Medical and sanitary report of the native army of Bengal for the year
Year: 1878
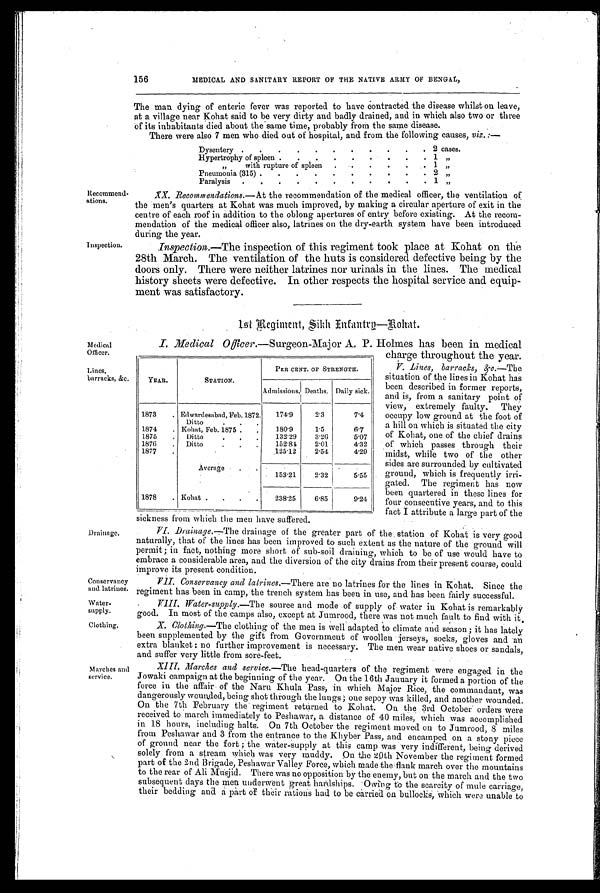
156
MEDICAL AND SANITARY REPORT OF THE NATIVE ARMY OF BENGAL,
The man dying of enteric fever was reported to have contracted the disease whilst on leave,
at a village near Kohat said to be very dirty and badly drained, and in which also two or three
of its inhabitants died about the same time, probably from the same disease.
There were also 7 men who died out of hospital, and from the following causes, viz. :—
Dysentery
. .
.
. .
.
.
. .
.
. 2 cases.
Hypertrophy of spleen .
.
.
.
.
. .
.
. 1 „
,, with rupture of spleen
.
.
. .
.
. 1 ,,
Pneumonia (315).
.
.
.
.
. .
.
.
. 2 ,,
Paralysis
.
.
.
.
.
.
.
. .
.
. 1 „
Recommend -
ations.
XX. Recommendations. —At the recommendation of the medical officer, the ventilation of
the men's quarters at Kohat was much improved, by making a circular aperture of exit in the
centre of each roof in addition to the oblong apertures of entry before existing. At the recom-
mendation of the medical officer also, latrines on the dry-earth system have been introduced
during the year.
Inspection. Inspection. — T h e i n s p e c t i o n o f t h i s r e g i m e n t t o o k p l a c e a t K o h a t o n t h e
28th March. The ventilation of the huts is considered defective being by the
doors only. There were neither latrines nor urinals in the lines. The medical
history sheets were defective. In other respects the hospital service and equip-
ment was satisfactory.
1st Regiment, Sikh Enfantry—Kohat.
Medical
Officer.
I. Medical Officer.—Surgeon-Major A. P. Holmes has been in medical
charge throughout the year.
Lines,
barracks, &amp;c.
V. Lines, barracks,
& a m p ; c . — T h e s i t u a t i o n o f t h e l i n e s i n K o h a t h a s
been described in former reports,
and is, from a sanitary point of
view, extremely faulty. They
occupy low ground at the foot of
a hill on which is situated the city
of Kohat, one of the chief drains
of which passes through their
midst, while two of the other
sides are surrounded by cultivated
ground, which is frequently irri-
gated. The regiment has now
been quartered in these lines for
four consecutive years, and to this
fact I attribute a large part of the
sickness from which the men have suffered.
Drainage.
VI. Drainage.—The drainage of the greater part of the station of Kohat is very good
naturally, that of the lines has been improved to such extent as the nature of the ground will
permit ; in fact, nothing more short of sub-soil draining, which to be of use would have to
embrace a considerable area, and the diversion of the city drains from their present course, could
improve its present condition.
Conservancy
and latrines.
VII. Conservancy and latrines.— T h e r e a r e n o l a t r i n e s f o r t h e l i n e s i n K o h a t . S i n c e t h e
regiment has been in camp, the trench system has been in use, and has been fairly successful.
Water-
supply.
VIII. Water-supply.— The source and mode of supply of water in Kohat is remarkably
good. In most of the camps also, except at Jumrood, there was not much fault to find with it.
Clothing.
X. Clothing. —The clothing of the men is well adapted to climate and season ; it has lately
been supplemented by the gift from Government of woollen jerseys, socks, gloves and an
extra blanket : no further improvement is necessary. The men wear native shoes or sandals,
and suffer very little from sore-feet.
Marches and
service.
XIII. Marches and service.— T h e h e a d - q u a r t e r s o f t h e r e g i m e n t w e r e e n g a g e d i n t h e
Jowaki campaign at the beginning of the year. On the 16th January it formed a portion of the
force in the affair of the Naru Khula Pass, in which Major Rice, the commandant, was
dangerously wounded, being shot through the lungs ; one sepoy was killed, and another wounded.
On the 7th February the regiment returned to Kohat. Oa the 3rd October orders were
received to march immediately to Peshawar, a distance of 40 miles, which was accomplished
in 18 hours, including halts. On 7th October the regiment moved on to Jumrood, 8 miles
from Peshawar and 3 from the entrance to the Khyber Pass, and encamped on a stony piece
of ground near the fort ;the water-supply at this camp was very indifferent, being derived
solely from a stream which was very muddy. On the 20th November the regiment formed
part of the 2nd Brigade, Peshawar Valley Force, which made the flank march over the mountains
to the rear of Ali Musjid. There was no opposition by the enemy, but on the march and the two
subsequent days the men underwent great hardships. Owing to the scarcity of mule carriage,
their bedding and a part of their rations had to be carried on bullocks, which were unable to
YEAR.
STATION.
PER CENT. OF STRENGTH.
Admissions. Deaths. Daily sick.
1873
. Edwardesabad, Feb.1872.
Ditto
. . .
174.9
2.3
7.4
1874
. Kohat, Feb. 1875 .
.
180.9
1.5
6.7
1875
.
Ditto
. . .
132.29
3.26
5.07
1876
. Ditto
. . .
152.84
2.01
4.32
1877
.
125.12
2.54
4.29
Average
. .
153.21
2.32
5.55
1878
. Kohat .
.
.
.
238.25
6.85
9.24